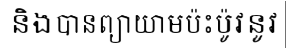
និងបានព្យាយាមប៉ះប៉ូវនូវ